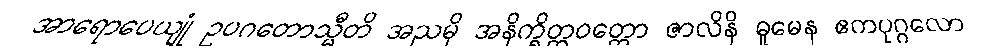
အာရောပေယျုံ ဥပဂတောသ္မီတိ အညမှိ အနိက္ခိတ္တဝတ္တော ဇာလိနိ ဓူမေန ဧကပုဂ္ဂလော